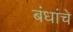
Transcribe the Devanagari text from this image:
बंधांचे